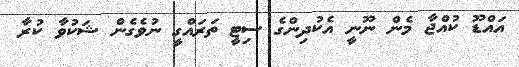
އައްޑޫ ކުއްޖާ މެން ނޫނީ އެކުދިންގެ ސިޓީ ތަރައްގީ ނުވެގެން ޝަކުވާ ކުރާ